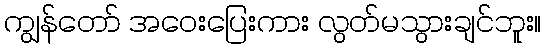
ကျွန်တော် အဝေးပြေးကား လွတ်မသွားချင်ဘူး။